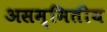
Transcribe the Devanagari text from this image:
असम्मितीय